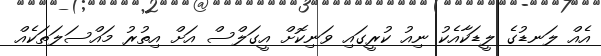
އެއް ލަނޑުގެ ލީޑަކާއެކު ނިއު ކުރީގައި ވަނިކޮށް އީގަލްސް އަށް އިތުރު މައްސަލަތަކެއް